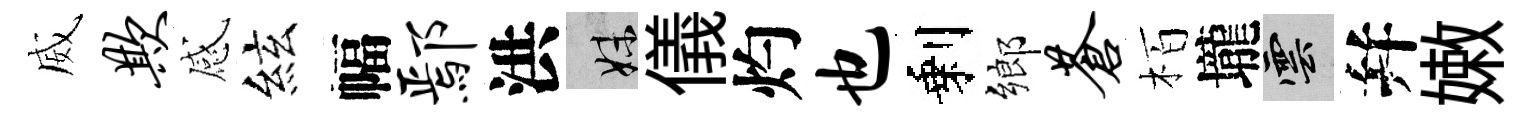
威欺感絃幅鄢洪妹儀灼也剩鄉苍栢壠雲幷嫩